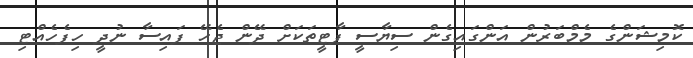
ކޮމިޝަންގެ މެމްބަރުން އަންގައިގެން ސިޔާސީ ޕާޓީތަކަށް ދޭން ޖެހޭ ފައިސާ ނުދީ ހިފެހެއްޓި